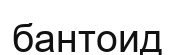
бантоид